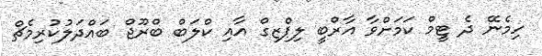
ހިމެނޭ ދެ ޓީމް ކަމަށްވާ އާރްބީ ލިޕްޒިގް އާއި ކްލަބް ބްރޫޖް ބައްދަލުކުރިމެޗް